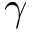
\gamma